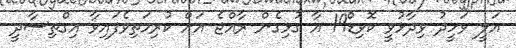
އަލީ ވަހީދު ވިދާޅުވީ ކޮވިޑް19 އާ ގުޅިގެން ރާއްޖެ އަށް ކުރިމަތިވެފައިވާ އިގްތިސާދީ